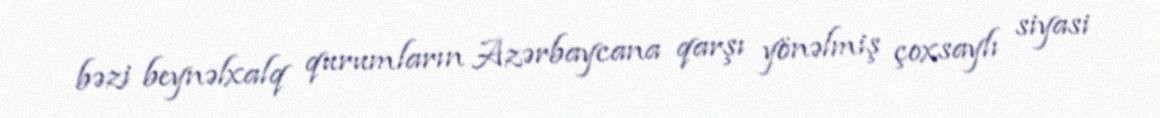
bəzi beynəlxalq qurumların Azərbaycana qarşı yönəlmiş çoxsaylı siyasi